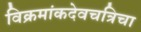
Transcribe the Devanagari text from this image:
विक्रमांकदेवचत्रिचा